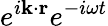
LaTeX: e^{i\mathbf{k}\cdot\mathbf{r}}e^{-i\omega t}